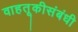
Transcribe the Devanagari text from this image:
वाहतूकीसंबंधी